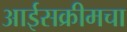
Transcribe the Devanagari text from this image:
आईसक्रीमचा